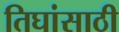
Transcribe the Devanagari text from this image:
तिघांसाठी